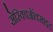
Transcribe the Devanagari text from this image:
सेस्क्विऑक्साइड